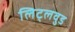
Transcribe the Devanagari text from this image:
लिट्लवुड